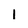
Character: 1